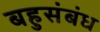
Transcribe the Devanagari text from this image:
बहुसंबंध